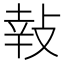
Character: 𢽞